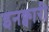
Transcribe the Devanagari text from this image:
इनक्वारी